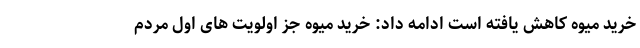
خرید میوه کاهش یافته است ادامه داد: خرید میوه جز اولویت های اول مردم